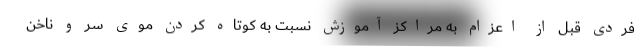
فردی قبل از اعزام به مراکز آموزش نسبت به کوتاه کردن موی سر و ناخن